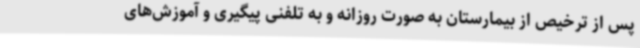
پس از ترخیص از بیمارستان به صورت روزانه و به تلفنی پیگیری و آموزش‌های